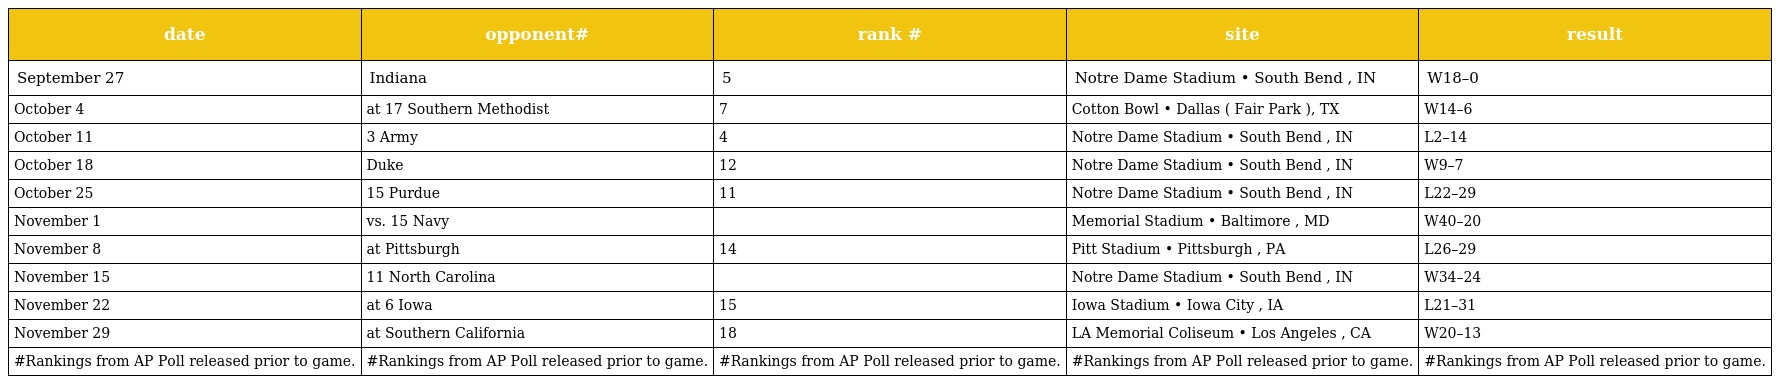
| date | opponent# | rank # | site | result |
 | --- | --- | --- | --- | --- |
 | September 27 | Indiana | 5 | Notre Dame Stadium • South Bend , IN | W18–0 |
 | October 4 | at 17 Southern Methodist | 7 | Cotton Bowl • Dallas ( Fair Park ), TX | W14–6 |
 | October 11 | 3 Army | 4 | Notre Dame Stadium • South Bend , IN | L2–14 |
 | October 18 | Duke | 12 | Notre Dame Stadium • South Bend , IN | W9–7 |
 | October 25 | 15 Purdue | 11 | Notre Dame Stadium • South Bend , IN | L22–29 |
 | November 1 | vs. 15 Navy |  | Memorial Stadium • Baltimore , MD | W40–20 |
 | November 8 | at Pittsburgh | 14 | Pitt Stadium • Pittsburgh , PA | L26–29 |
 | November 15 | 11 North Carolina |  | Notre Dame Stadium • South Bend , IN | W34–24 |
 | November 22 | at 6 Iowa | 15 | Iowa Stadium • Iowa City , IA | L21–31 |
 | November 29 | at Southern California | 18 | LA Memorial Coliseum • Los Angeles , CA | W20–13 |
 | #Rankings from AP Poll released prior to game. | #Rankings from AP Poll released prior to game. | #Rankings from AP Poll released prior to game. | #Rankings from AP Poll released prior to game. | #Rankings from AP Poll released prior to game. |